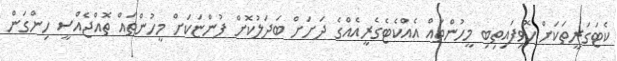
ކެޓަގަރީތަކަށް ހޮވިފައިތިބި މީހުންތައް އެއްކެޓެގެރީއެއްގެ ދަށަށް ބަދަލުކޮށް ފުންޏަކަށް މީހުންތައް ތޮއްޖެއްސީ ހިންގަން